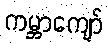
ကမ္ဘာကျော်